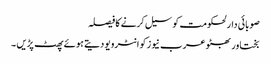
صوبائی دارلحکومت کو سیل کرنے کا فیصلہ
بختاور بھٹو عرب نیوز کو انٹرویو دیتے ہوئے پھٹ پڑیں ۔